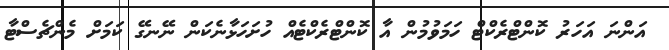
އަންނަ އަހަރު ކޮންޓްރެކްޓް ހަމަވުމުން އާ ކޮންޓްރެކްޓެއް ހުށަހަޅާނެކަން ނޭނގޭ ކަމަށް މެންޗެސްޓާ